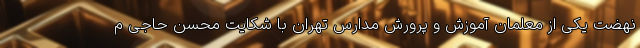
نهضت یکی از معلمان آموزش و پرورش مدارس تهران با شکایت محسن حاجی م